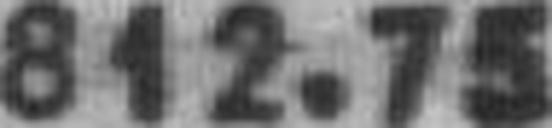
812.75